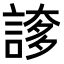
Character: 𧩫